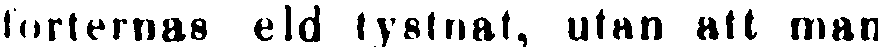
forternas eld tystnat, utan att man